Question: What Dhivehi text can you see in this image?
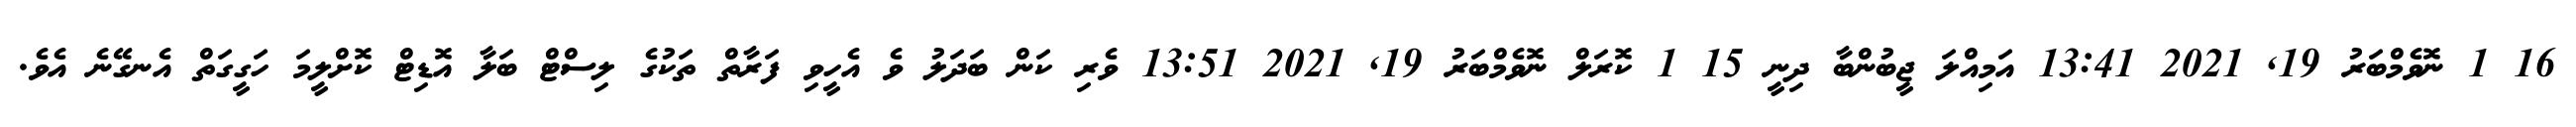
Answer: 16 1 ނޮވެމްބަރު 19, 2021 13:41 އަމިއްލަ ޖީބުންބާ ދިނީ 15 1 ކޮރަލް ނޮވެމްބަރު 19, 2021 13:51 ވެރި ކަން ބަދަލު ވެ އެހީވި ފަރާތް ތަކުގެ ލިސްޓް ބަލާ އޮޑިޓް ކޮށްލީމަ ހަގީގަތް އެނގޭނެ އެވެ.